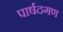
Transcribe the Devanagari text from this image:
पार्षदगण